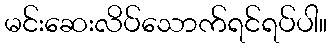
မင်းဆေးလိပ်သောက်ရင်ရပ်ပါ။